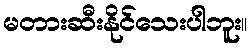
မတားဆီးနိုင်သေးပါဘူး။